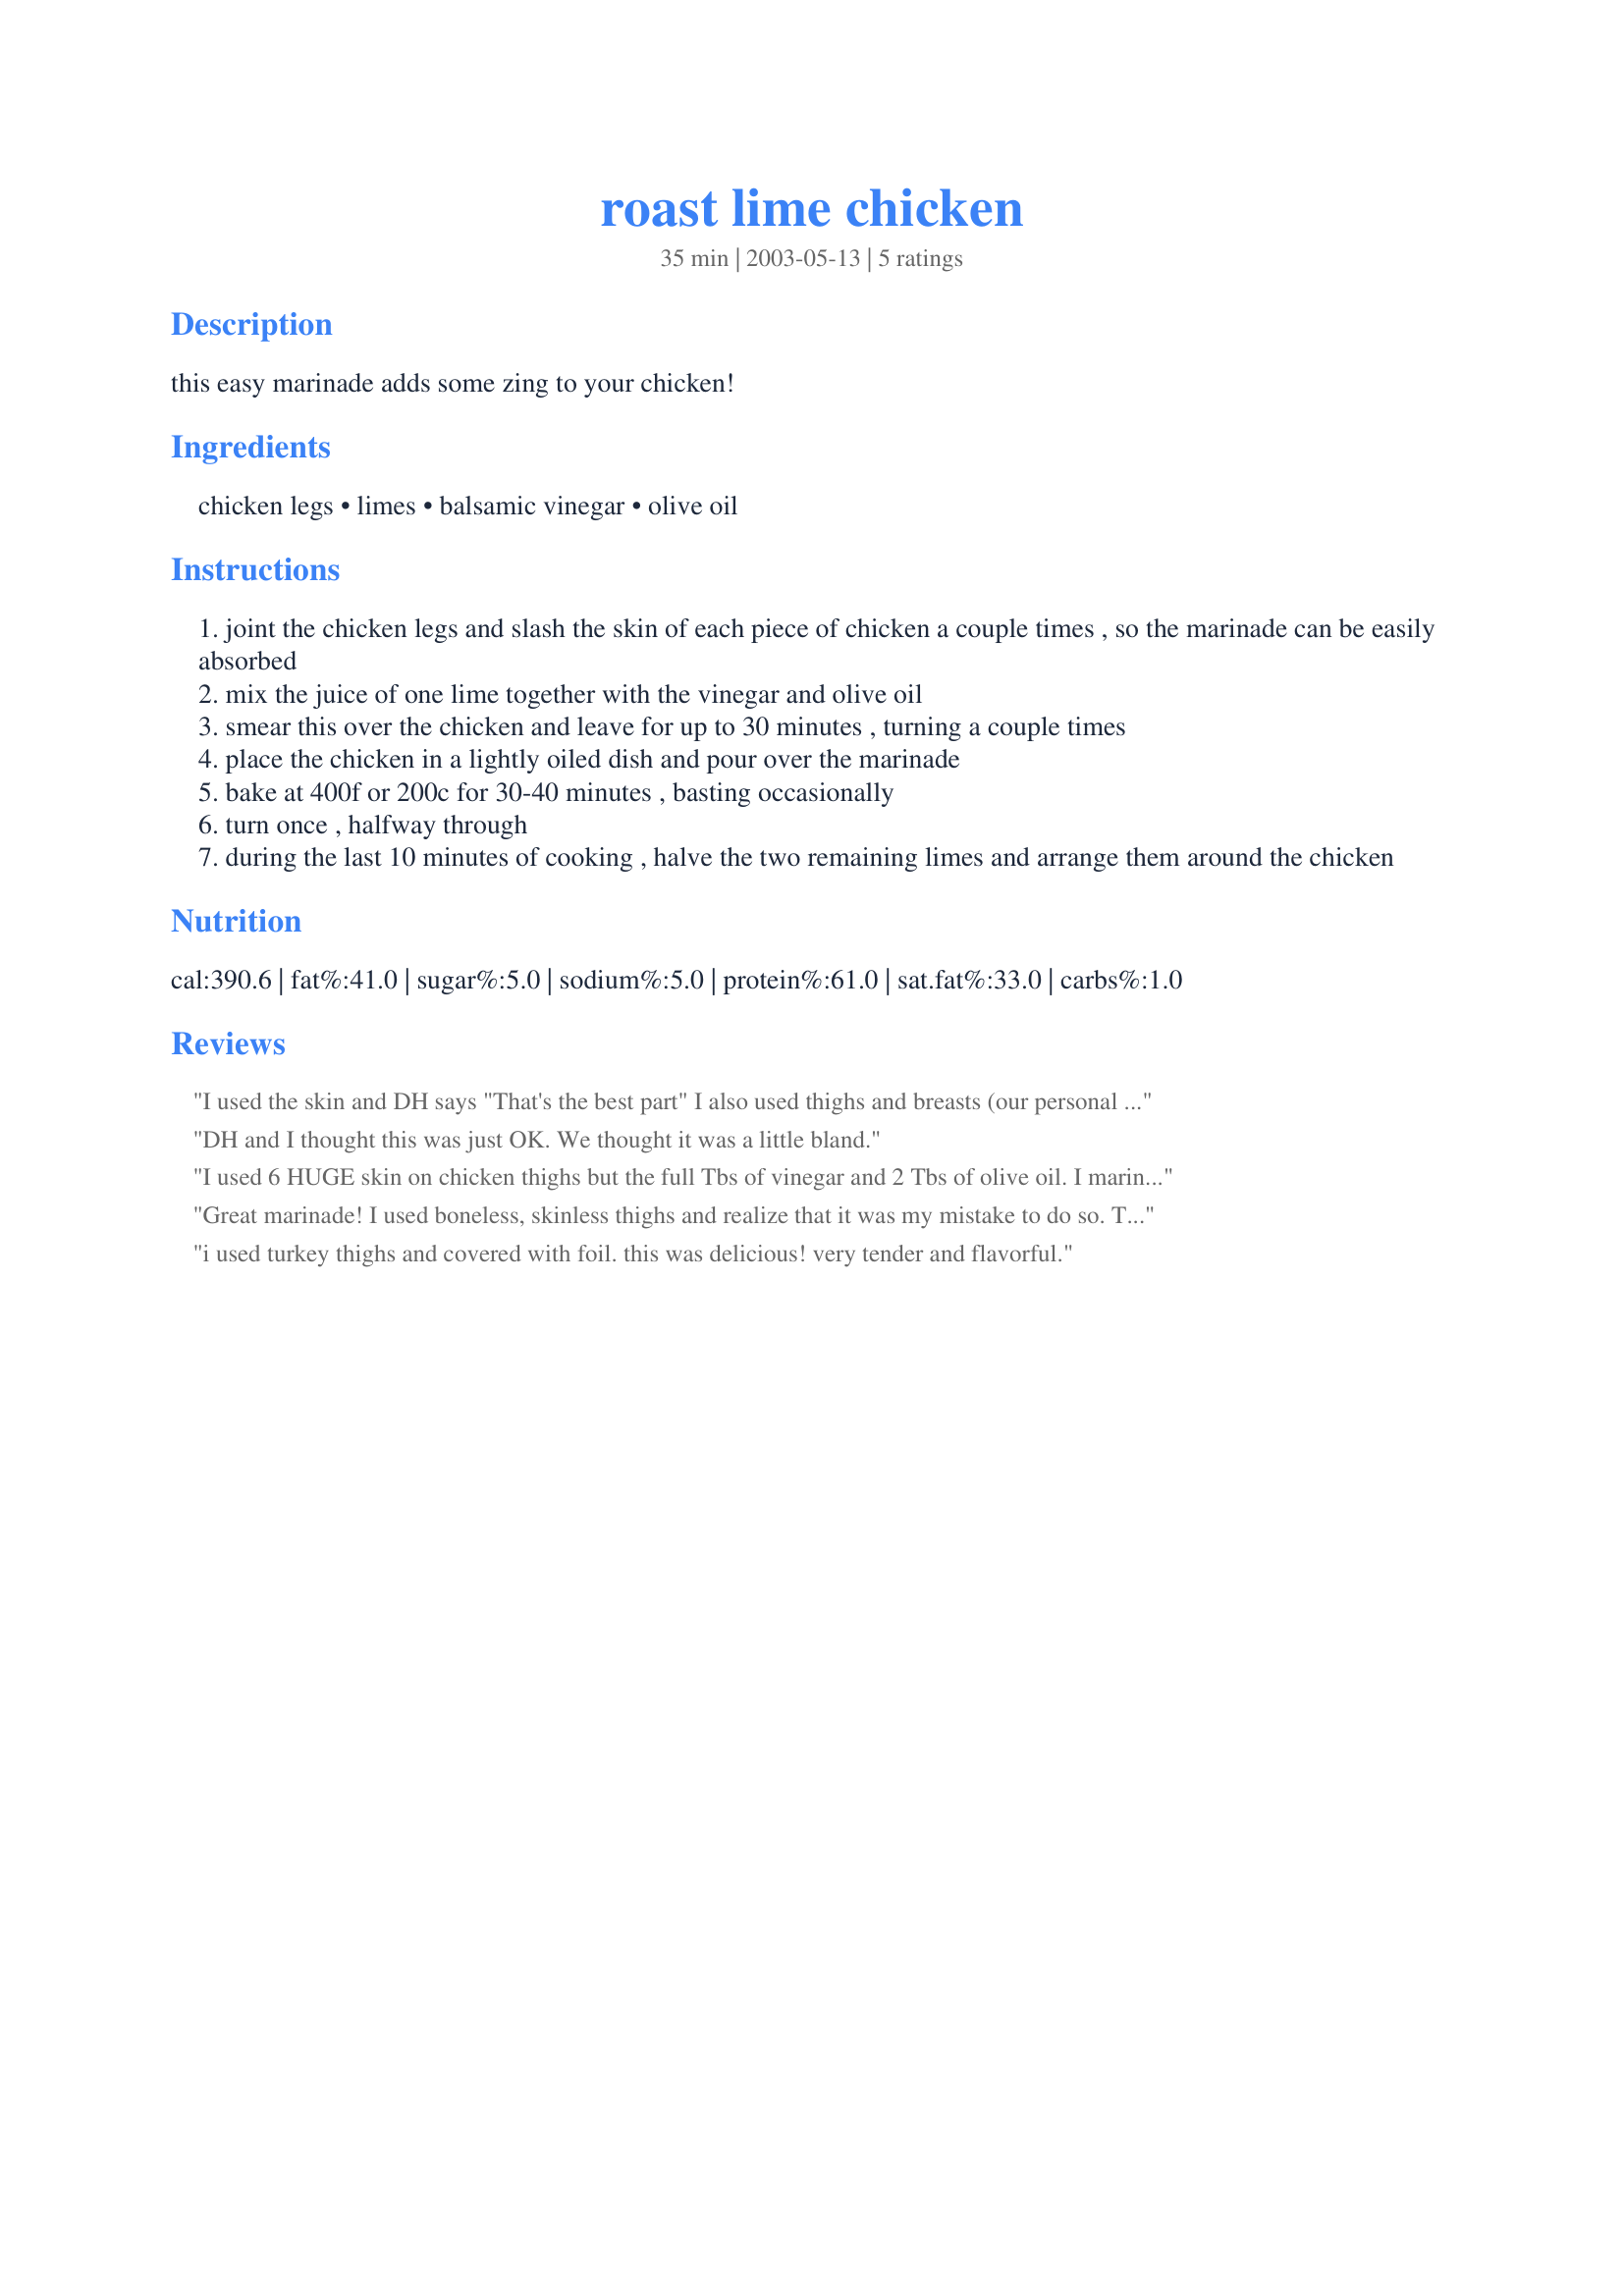
roast lime chicken
Preparation time: 35 minutes

this easy marinade adds some zing to your chicken!

Ingredients:
chicken legs, limes, balsamic vinegar, olive oil

Steps:
joint the chicken legs and slash the skin of each piece of chicken a couple times , so the marinade can be easily absorbed
mix the juice of one lime together with the vinegar and olive oil
smear this over the chicken and leave for up to 30 minutes , turning a couple times
place the chicken in a lightly oiled dish and pour over the marinade
bake at 400f or 200c for 30-40 minutes , basting occasionally
turn once , halfway through
during the last 10 minutes of cooking , halve the two remaining limes and arrange them around the chicken

Reviews:
I used the skin and DH says "That's the best part" I also used thighs and breasts (our personal favorite parts). This was incredibly tasty and makes a pretty presentation!! Thanks SG!!
DH and I thought this was just OK. We thought it was a little bland.
I used 6 HUGE skin on chicken thighs but the full Tbs of vinegar and 2 Tbs of olive oil. I marinated them for the full 30 minutes. I baked them skin side up for 30 minutes without turning... didn't even see that until now! After 15 minutes, I did baste them however. At the end of 30 minutes, I drained off the fat and juices in the dish and broiled them for about 7 minutes to really crisp up the skin. YUM!!! In step 7, I did not have enough limes to halve and roast... so I left them out. Was this purely for presentation or to squeeze over the chicken for a little more lime taste? I think an extra squeeze of juice at the end would go well with the balsamic... The thighs were very tender and juicy... My BF and I really loved them. I served it with Recipe #80120 for a delicious and easy meal. Thanks for a keeper!
Great marinade! I used boneless, skinless thighs and realize that it was my mistake to do so. The flavors were good and the chicken moist and tender, but I baked it with foil over it (thus a bit more of a steam than a bake) I'll try it with skin on soon. 5*'s for flavor, though. ;)
i used turkey thighs and covered with foil. this was delicious! very tender and flavorful.
